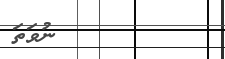
٤٧         ނުވަތަ